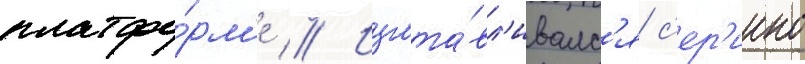
платфо́рм'е // Изгота́вл'ивалс'я с'ер'иино